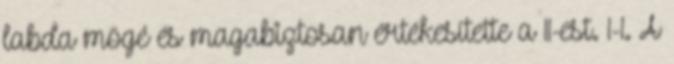
labda mögé és magabiztosan értékesítette a 11-est. 1-1. A